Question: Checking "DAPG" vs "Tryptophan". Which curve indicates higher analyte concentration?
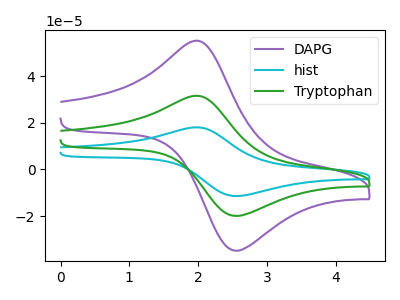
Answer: <think>The purple curve "DAPG" has an anodic peak at (2.00V, 55.10uA) and a cathodic peak at (2.55V, -34.80uA). The cyan curve "hist" has an anodic peak at (2.00V, 63.05uA) and a cathodic peak at (2.55V, -39.80uA). The green curve "Tryptophan" has an anodic peak at (2.00V, 31.55uA) and a cathodic peak at (2.55V, -19.90uA).
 All the peaks in "DAPG" have a peak in "Tryptophan" at the same potential. Every peak in "DAPG" is higher than every peak in "Tryptophan".</think>
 <answer>"DAPG" has more signal than "Tryptophan" and so likely has a higher concentration.</answer>
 <eval>more_concentration</eval>